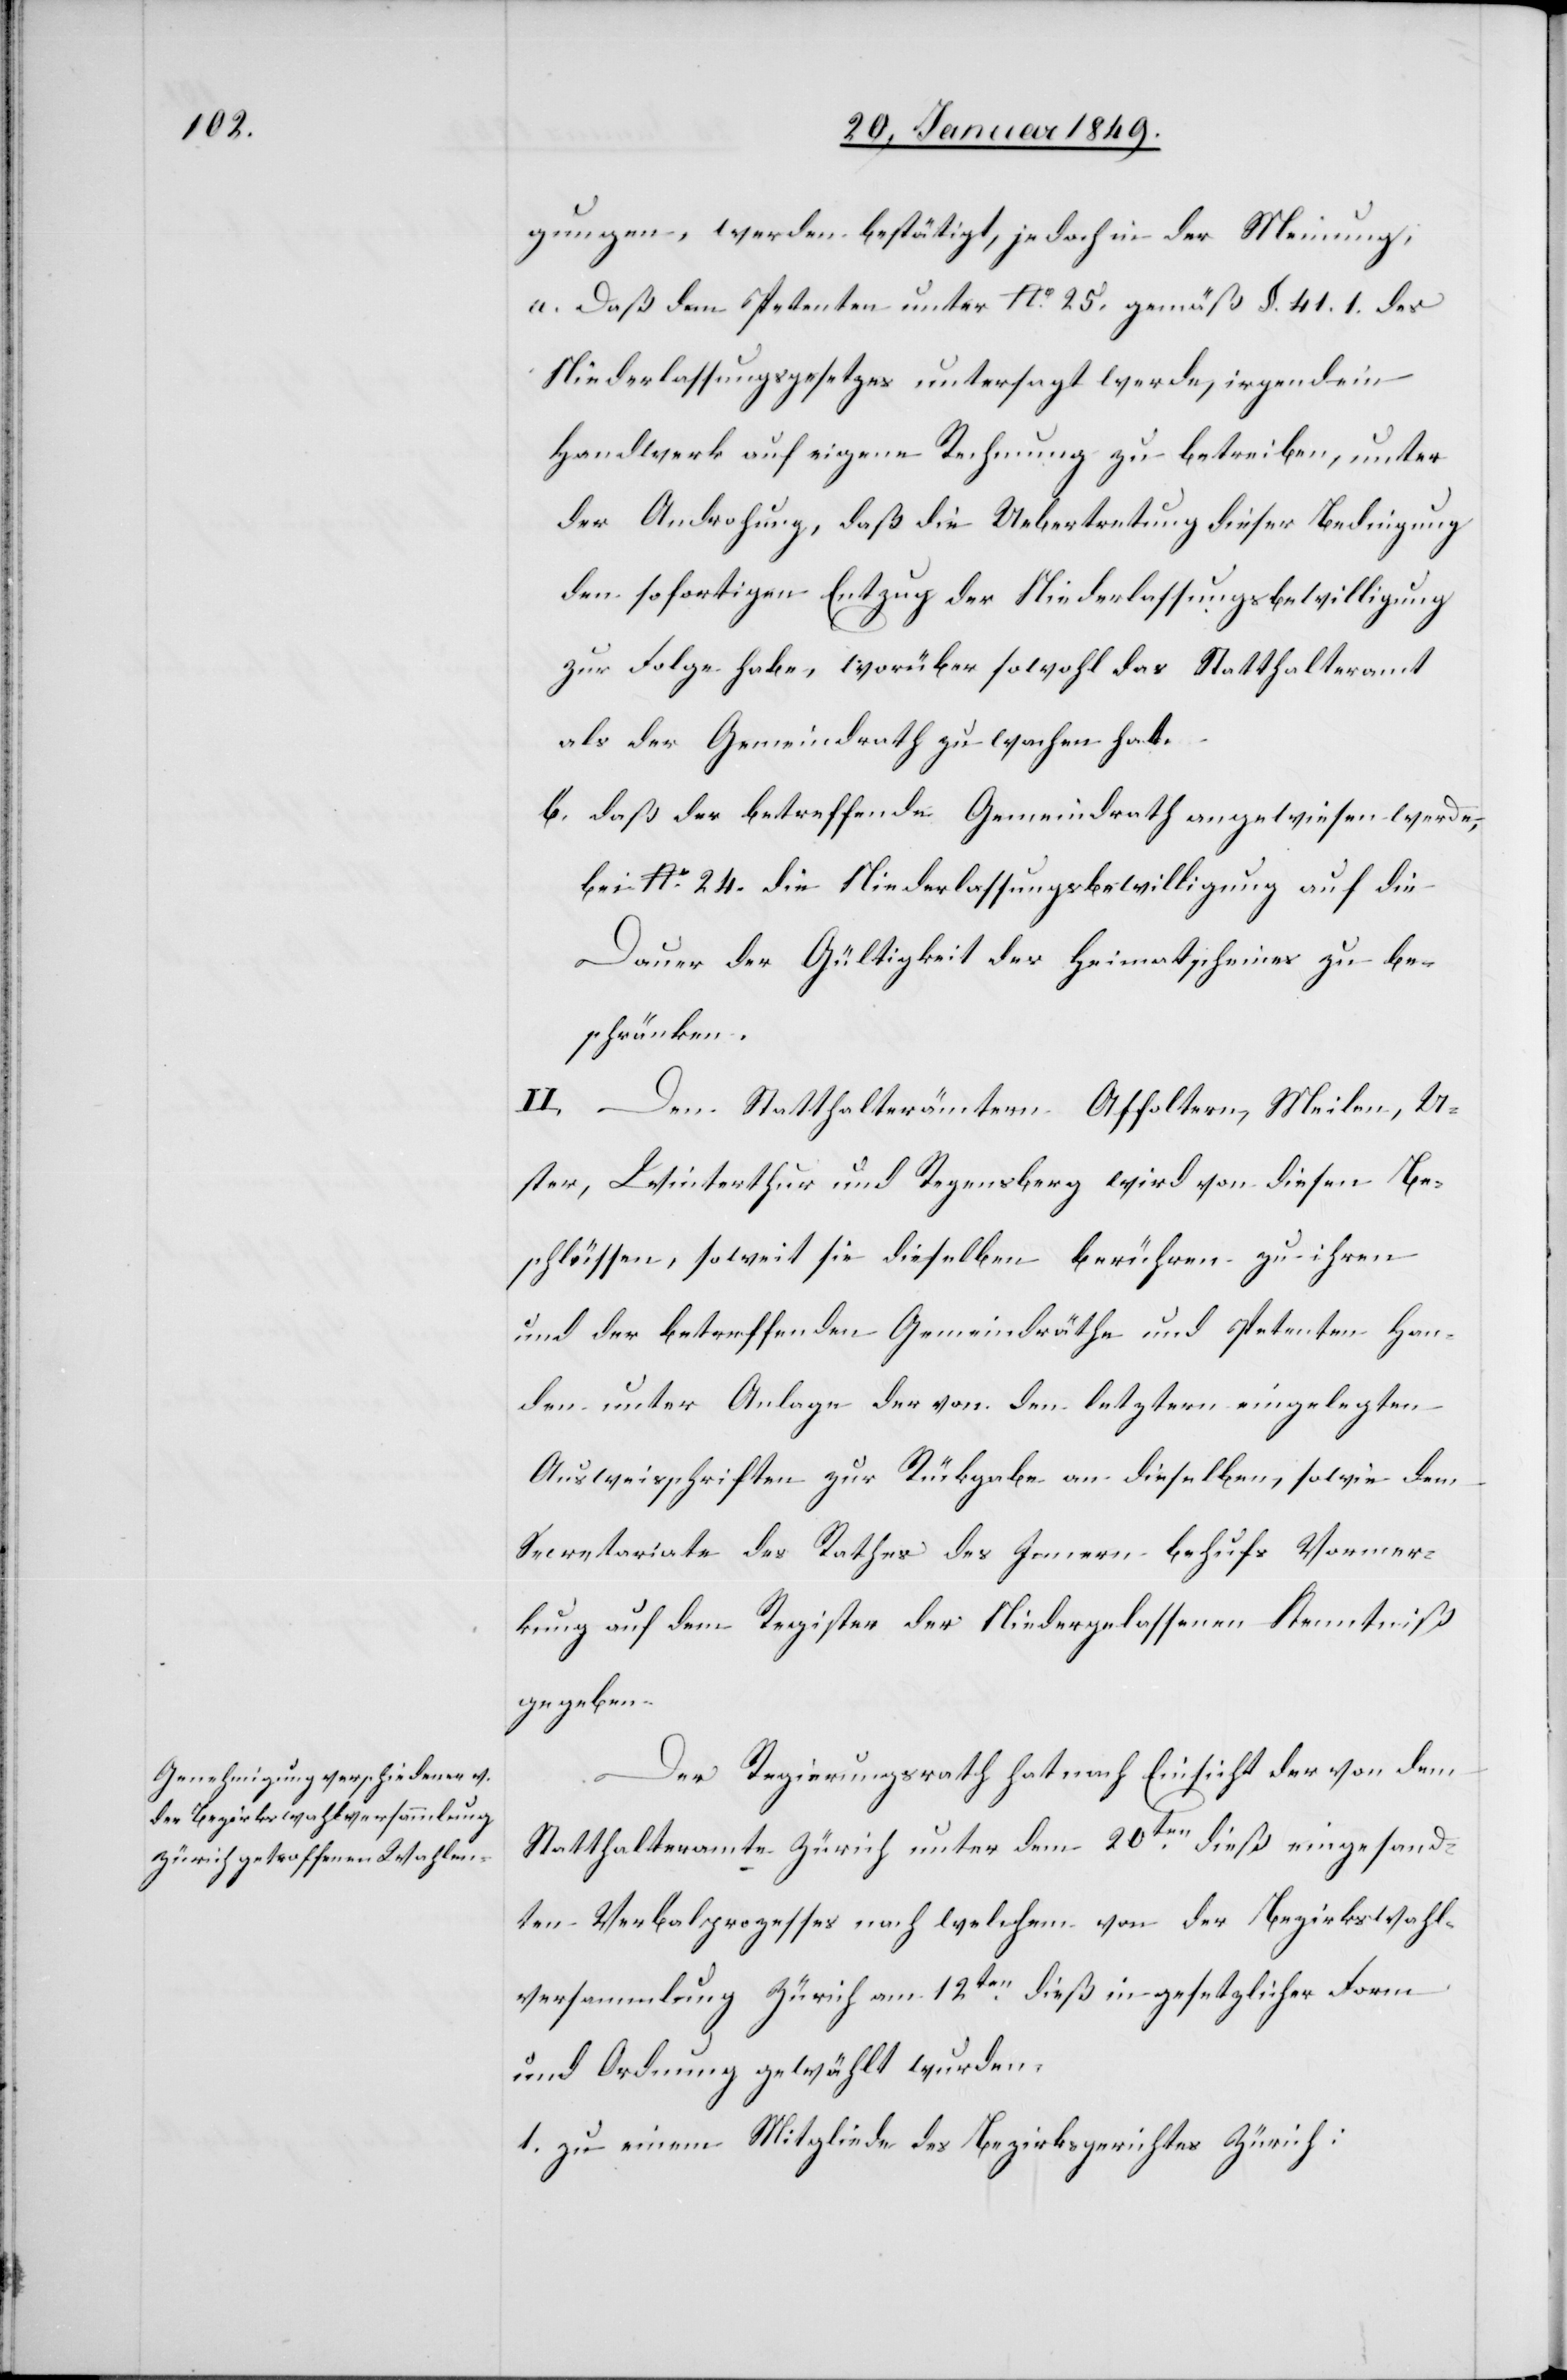
gungen , werden bestätigt, jedoch in der Meinung,
a. Daß dem Petenten unter No. 25. gemäß §. 41. 1. des
Niederlassungsgesetzes untersagt werde, irgendein
Handwerk auf eigene Rechnung zu betreiben, unter
der Androhung, daß die Uebertretung dieser Bedingung
den sofortigen Entzug der Niederlassungsbewilligung
zur Folge habe, worüber sowohl das Statthalteramt
als der Gemeindrath zu wachen hat.
b. daß der betreffende Gemeindrath angewiesen werde,
bei No. 24. die Niederlassungsbewilligung auf die
Dauer der Gültigkeit des Heimatscheines zu be¬
schränken.
II.
Den Statthalterämtern Affoltern, Meilen, U¬
ster, Winterthur und Regensberg wird von diesen Be¬
schlüssen, soweit sie dieselben berühren zu ihren
und der betreffenden Gemeindräthe und Petenten Han¬
den unter Anlage der von den letztern eingelegten
Ausweisschriften zur Rückgabe an dieselben, sowie dem
Secretariate des Rathes des Innern behufs Vormer¬
kung auf dem Register der Niedergelassenen Kenntniß
gegeben.
Der Regierungsrath hat nach Einsicht der [sic!] von
Statthalteramte Zürich unter dem 20ten. dieß eingesand¬
ten Verbalprozesses nach welchem von der Bezirkswahl¬
versammlung Zürich am 12ten. dieß in gesetzlicher Form
und Ordnung gewählt wurden:
1. zu einem Mitgliede des Bezirksgerichtes Zürich: